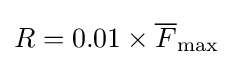
R=0.01\times {\overline {F}}_{\mathrm {max} }